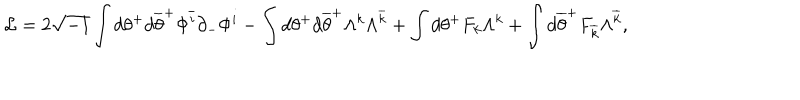
LaTeX: { \cal L } = 2 \sqrt { - 1 } \int d \theta ^ { + } d \overline { { { \theta } } } ^ { + } \Phi ^ { \overline { { { i } } } } \partial _ { - } \Phi ^ { i } - \int d \theta ^ { + } d \overline { { { \theta } } } ^ { + } \Lambda ^ { k } \Lambda ^ { \overline { { { k } } } } + \int d \theta ^ { + } F _ { k } \Lambda ^ { k } + \int d \overline { { { \theta } } } ^ { + } F _ { \overline { { { k } } } } \Lambda ^ { \overline { { { k } } } } ,